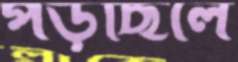
পড়ছিলে